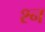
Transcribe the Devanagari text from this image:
श्न